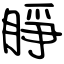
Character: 睜